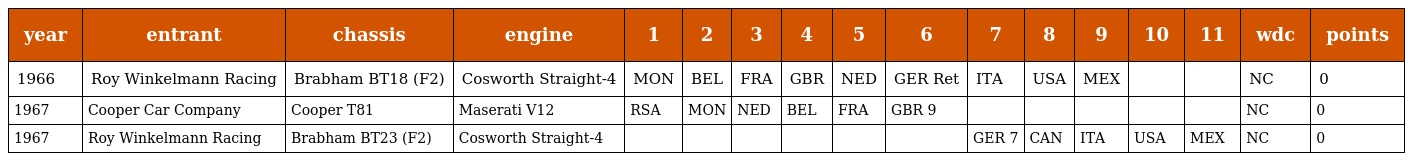
| year | entrant | chassis | engine | 1 | 2 | 3 | 4 | 5 | 6 | 7 | 8 | 9 | 10 | 11 | wdc | points |
 | --- | --- | --- | --- | --- | --- | --- | --- | --- | --- | --- | --- | --- | --- | --- | --- | --- |
 | 1966 | Roy Winkelmann Racing | Brabham BT18 (F2) | Cosworth Straight-4 | MON | BEL | FRA | GBR | NED | GER Ret | ITA | USA | MEX |  |  | NC | 0 |
 | 1967 | Cooper Car Company | Cooper T81 | Maserati V12 | RSA | MON | NED | BEL | FRA | GBR 9 |  |  |  |  |  | NC | 0 |
 | 1967 | Roy Winkelmann Racing | Brabham BT23 (F2) | Cosworth Straight-4 |  |  |  |  |  |  | GER 7 | CAN | ITA | USA | MEX | NC | 0 |